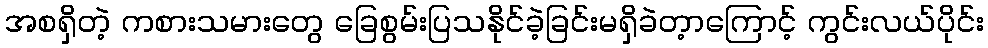
အစရှိတဲ့ ကစားသမားတွေ ခြေစွမ်းပြသနိုင်ခဲ့ခြင်းမရှိခဲတ့ာကြောင့် ကွင်းလယ်ပိုင်း